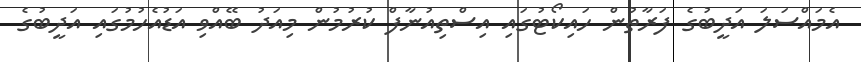
އެމައްސަލަ އަދީބުގެ ފަރާތުން ހައިކޯޓުގައި އިސްތިއުނާފް ކުރުމުން މިއަދު ބޭއްވި އަޑުއެހުމުގައި އަދީބުގެ